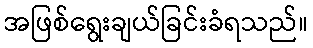
အဖြစ်ရွေးချယ်ခြင်းခံရသည်။